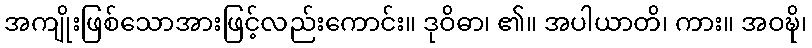
အကျိုးဖြစ်သောအားဖြင့်လည်းကောင်း။ ဒုဝိဓာ၊ ၏။ အပါယာတိ၊ ကား။ အဝဍ္ဎိ၊